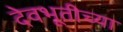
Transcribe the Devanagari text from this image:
देवभूतीच्या